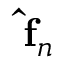
{ \bf { \hat { f } } } _ { n }